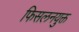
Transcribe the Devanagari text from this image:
फिसलनयुक्त